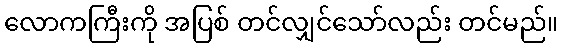
လောကကြီးကို အပြစ် တင်လျှင်သော်လည်း တင်မည်။